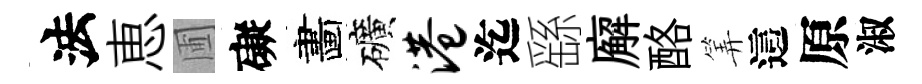
法恵圃礙畵礦港迄繇廨酪筭這原淑